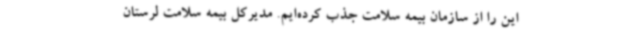
این را از سازمان بیمه سلامت جذب کرده‌ایم. مدیرکل بیمه سلامت لرستان